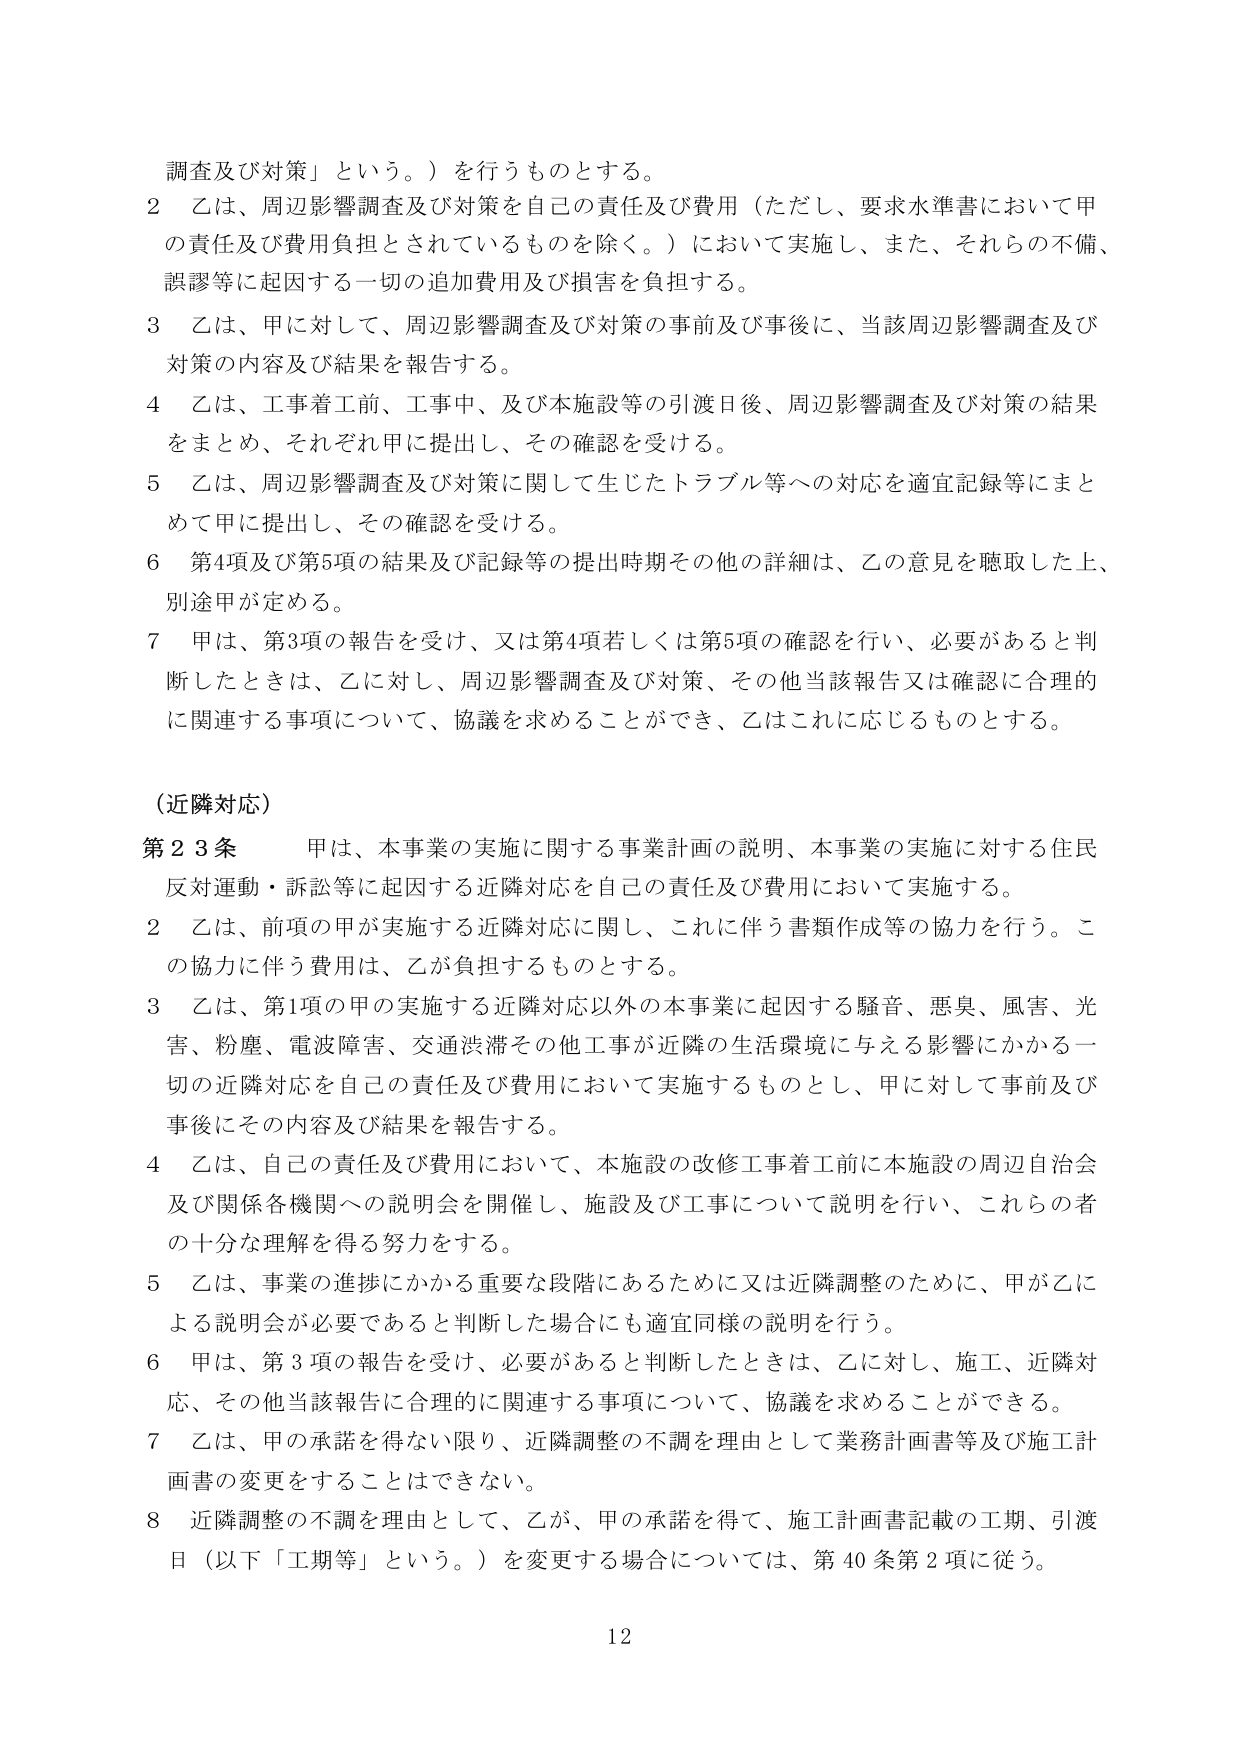
調査及び対策」という。）を行うものとする。

2 乙は、周辺影響調査及び対策を自己の責任及び費用（ただし、要求水準書において甲の責任及び費用負担とされているものを除く。）において実施し、また、それらの不備、誤謬等に起因する一切の追加費用及び損害を負担する。

3 乙は、甲に対して、周辺影響調査及び対策の事前及び事後に、当該周辺影響調査及び対策の内容及び結果を報告する。

4 乙は、工事着工前、工事中、及び本施設等の引渡日後、周辺影響調査及び対策の結果をまとめ、それぞれ甲に提出し、その確認を受ける。

5 乙は、周辺影響調査及び対策に関して生じたトラブル等への対応を適宜記録等にまとめて甲に提出し、その確認を受ける。

6 第4項及び第5項の結果及び記録等の提出時期その他詳細は、乙の意見を聴取した上、別途甲が定める。

7 甲は、第3項の報告を受け、又は第4項若しくは第5項の確認を行い、必要があると判断したときは、乙に対し、周辺影響調査及び対策、その他当該報告又は確認に合理的に関連する事項について、協議を求めることができ、乙はこれに応じるものとする。

（近隣対応）

第23条 甲は、本事業の実施に関する事業計画の説明、本事業の実施に対する住民反対運動・訴訟等に起因する近隣対応を自己の責任及び費用において実施する。

2 乙は、前項の甲が実施する近隣対応に関し、これに伴う書類作成等の協力を行う。この協力に伴う費用は、乙が負担するものとする。

3 乙は、第1項の甲の実施する近隣対応以外の本事業に起因する騒音、悪臭、風害、光害、粉塵、電波障害、交通渋滞その他工事が近隣の生活環境に与える影響にかかる一切の近隣対応を自己の責任及び費用において実施するものとし、甲に対して事前及び事後にその内容及び結果を報告する。

4 乙は、自己の責任及び費用において、本施設の改修工事着工前に本施設の周辺自治会及び関係各機関への説明会を開催し、施設及び工事について説明を行い、これらの者の十分な理解を得る努力をする。

5 乙は、事業の進捗にかかる重要な段階にあるために又は近隣調整のために、甲が乙による説明会が必要であると判断した場合にも適宜同様の説明を行う。

6 甲は、第3項の報告を受け、必要があると判断したときは、乙に対し、施工、近隣対応、その他当該報告に合理的に関連する事項について、協議を求めることができる。

7 乙は、甲の承諾を得ない限り、近隣調整の不調を理由として業務計画書等及び施工計画書の変更をすることはできない。

8 近隣調整の不調を理由として、乙が、甲の承諾を得て、施工計画書記載の工期、引渡日（以下「工期等」という。）を変更する場合については、第40条第2項に従う。

12